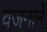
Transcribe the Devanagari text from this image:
वजनानें